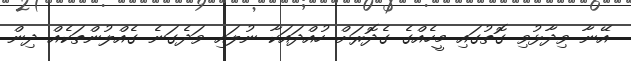
އޭނާ ވިދާޅުވި ގޮތުގައި މީހެއްގެ ގެދޮރަށް ހުއްދައަކާ ނުލައި ވަދެގަނެ ގެއްލުންތަކެއް ދިން